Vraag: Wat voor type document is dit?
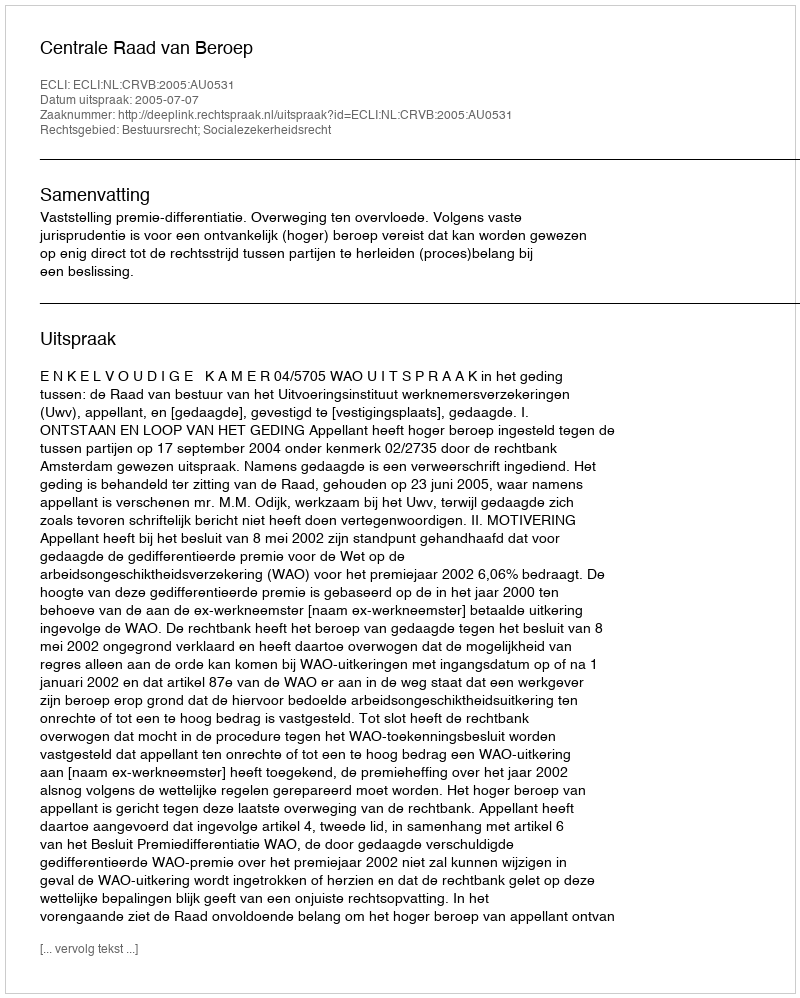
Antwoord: Uitspraak